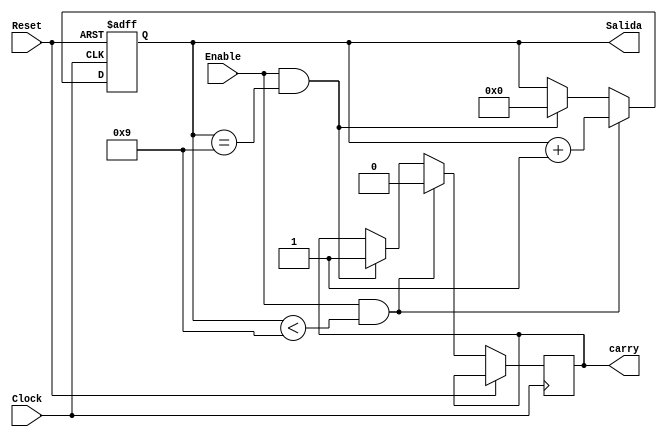
module upcountto9(Reset, Clock, Enable, Salida, carry);

    input Reset, Clock, Enable;
    output reg [3:0] Salida;
    output reg carry;

    initial
    begin
        Salida <= 4'b0000;
        carry <= 0;
    end 

    always @(posedge Reset or posedge Clock) 
        if(Reset)
            Salida <= 4'b0000; //Si Reset es 1 pongo un 0 en binario de 4 bits
            else if (Enable && Salida < 4'b1001) //Si no llegue al 9, sigo contando
                begin
					Salida <= Salida + 1;
					carry<=0;
                end
					else if (Enable && (Salida == 4'b1001)) //Si llegue al 9, reinicio
                    begin 
						    Salida <= 4'b0000;
							carry<=1;
							end
endmodule